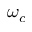
\omega _ { c }